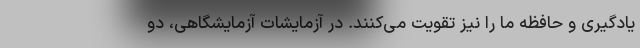
یادگیری و حافظه ما را نیز تقویت می‌کنند. در آزمایشات آزمایشگاهی، دو